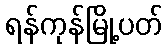
ရန်ကုန်မြို့ပတ်